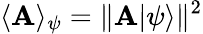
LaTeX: \langle\mathbf{A}\rangle_{\psi}=\| \mathbf{A}|\psi\rangle\| ^{2}